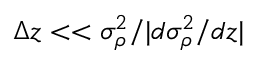
\Delta z < < \sigma _ { \rho } ^ { 2 } / | d \sigma _ { \rho } ^ { 2 } / d z |